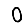
Digit: 0